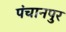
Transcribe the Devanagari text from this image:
पंचानपुर